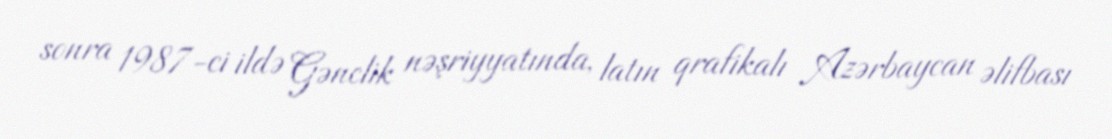
sonra 1987-ci ildə Gənclik nəşriyyatında, latın qrafikalı Azərbaycan əlifbası